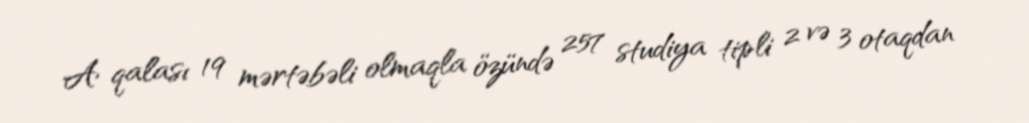
A qalası 19 mərtəbəli olmaqla özündə 257 studiya tipli 2 və 3 otaqdan